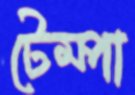
টেম্পা